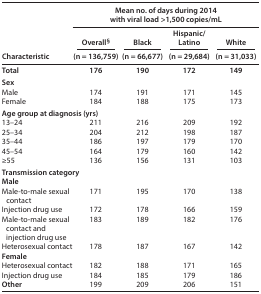
| <ROWSPAN=3> Characteristic | <COLSPAN=4> Mean no. of days during 2014 with viral load >1,500 copies/mL |
 | Overall§ | Black | Hispanic/Latino | White |
 | (n = 136,759) | (n = 66,677) | (n = 29,684) | (n = 31,033) |
 | --- | --- | --- | --- | --- |
 | Total | 176 | 190 | 172 | 149 |
 | <COLSPAN=5> Sex |
 | Male | 174 | 191 | 171 | 145 |
 | Female | 184 | 188 | 175 | 173 |
 | <COLSPAN=5> Age group at diagnosis (yrs) |
 | 13–24 | 211 | 216 | 209 | 192 |
 | 25–34 | 204 | 212 | 198 | 187 |
 | 35–44 | 186 | 197 | 179 | 170 |
 | 45–54 | 164 | 179 | 160 | 142 |
 | ≥55 | 136 | 156 | 131 | 103 |
 | <COLSPAN=5> Transmission category |
 | <COLSPAN=5> Male |
 | Male-to-male sexual contact | 171 | 195 | 170 | 138 |
 | Injection drug use | 172 | 178 | 166 | 159 |
 | Male-to-male sexual contact and injection drug use | 183 | 189 | 182 | 176 |
 | Heterosexual contact | 178 | 187 | 167 | 142 |
 | <COLSPAN=5> Female |
 | Heterosexual contact | 182 | 188 | 171 | 165 |
 | Injection drug use | 184 | 185 | 179 | 186 |
 | Other | 199 | 209 | 206 | 151 |